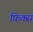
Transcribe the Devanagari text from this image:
फ़िक्स